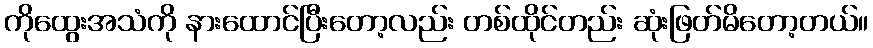
ကိုထွေးအသံကို နားထောင်ပြီးတော့လည်း တစ်ထိုင်တည်း ဆုံးဖြတ်မိတော့တယ်။